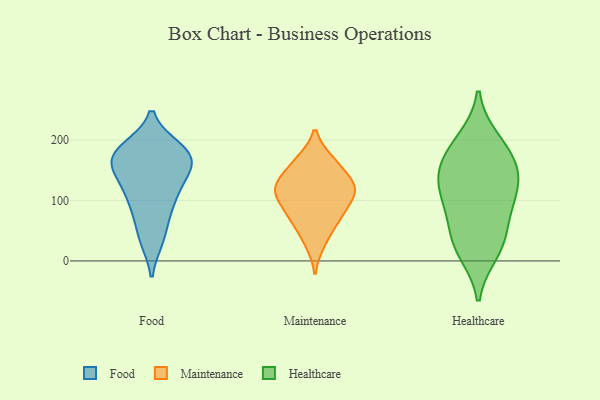
{"axis": {"x": "Population (Million)", "y": "Value"}, "legend": ["Food", "Healthcare", "Maintenance"], "data": [{"x": "", "y": 181, "type": "Food"}, {"x": "", "y": 186, "type": "Food"}, {"x": "", "y": 129, "type": "Food"}, {"x": "", "y": 176, "type": "Food"}, {"x": "", "y": 166, "type": "Food"}, {"x": "", "y": 36, "type": "Food"}, {"x": "", "y": 150, "type": "Food"}, {"x": "", "y": 184, "type": "Food"}, {"x": "", "y": 37, "type": "Food"}, {"x": "", "y": 75, "type": "Food"}, {"x": "", "y": 108, "type": "Food"}, {"x": "", "y": 90, "type": "Food"}, {"x": "", "y": 111, "type": "Food"}, {"x": "", "y": 154, "type": "Food"}, {"x": "", "y": 178, "type": "Food"}, {"x": "", "y": 152, "type": "Food"}, {"x": "", "y": 167, "type": "Maintenance"}, {"x": "", "y": 115, "type": "Maintenance"}, {"x": "", "y": 28, "type": "Maintenance"}, {"x": "", "y": 124, "type": "Maintenance"}, {"x": "", "y": 145, "type": "Maintenance"}, {"x": "", "y": 129, "type": "Maintenance"}, {"x": "", "y": 85, "type": "Maintenance"}, {"x": "", "y": 117, "type": "Maintenance"}, {"x": "", "y": 60, "type": "Maintenance"}, {"x": "", "y": 67, "type": "Maintenance"}, {"x": "", "y": 91, "type": "Maintenance"}, {"x": "", "y": 114, "type": "Maintenance"}, {"x": "", "y": 167, "type": "Maintenance"}, {"x": "", "y": 190, "type": "Healthcare"}, {"x": "", "y": 149, "type": "Healthcare"}, {"x": "", "y": 153, "type": "Healthcare"}, {"x": "", "y": 15, "type": "Healthcare"}, {"x": "", "y": 33, "type": "Healthcare"}, {"x": "", "y": 200, "type": "Healthcare"}, {"x": "", "y": 96, "type": "Healthcare"}, {"x": "", "y": 115, "type": "Healthcare"}, {"x": "", "y": 31, "type": "Healthcare"}, {"x": "", "y": 157, "type": "Healthcare"}, {"x": "", "y": 75, "type": "Healthcare"}, {"x": "", "y": 118, "type": "Healthcare"}]}